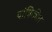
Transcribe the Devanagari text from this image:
यांत्रिकीत